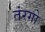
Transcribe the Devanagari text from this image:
तंरगो